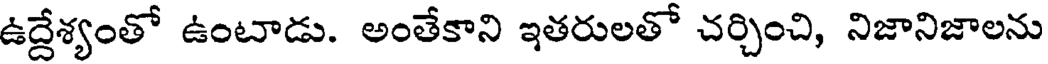
ఉద్దేశ్యంతో ఉంటాడు. అంతేకాని ఇతరులతో చర్చించి, నిజానిజాలను